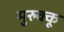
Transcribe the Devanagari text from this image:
मुरुक्कू